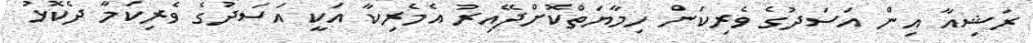
ރަޝިއާ އިން އަސަދުގެ ވެރިކަން ހިމާޔަތްކޮށްދޭއިރު އެމެރިކާ އަކީ އަސަދުގެ ވެރިކަމާ ދެކޮޅު